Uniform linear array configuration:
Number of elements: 48
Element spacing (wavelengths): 0.75
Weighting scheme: blackman
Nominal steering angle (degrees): -30
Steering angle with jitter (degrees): -28.953
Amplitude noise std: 0.05
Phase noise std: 0.05

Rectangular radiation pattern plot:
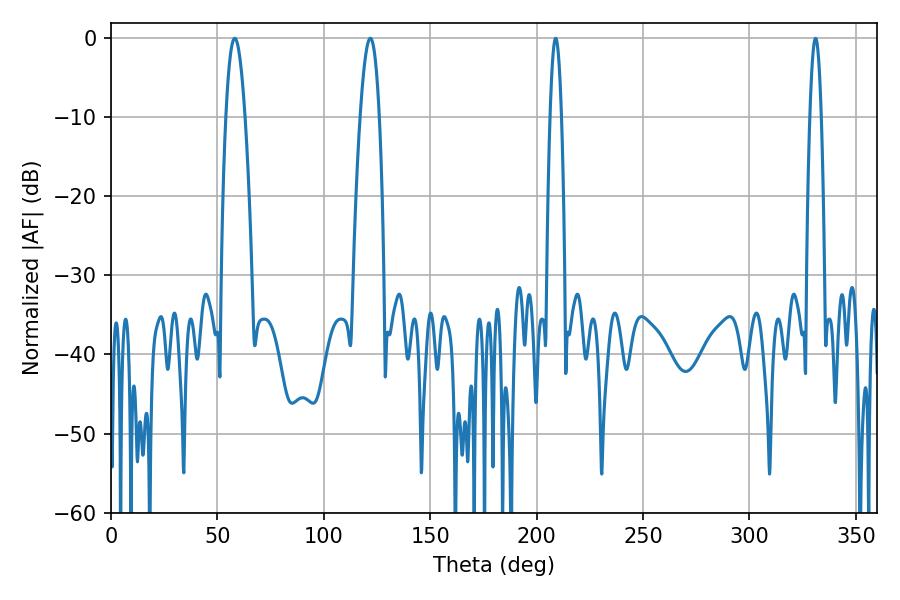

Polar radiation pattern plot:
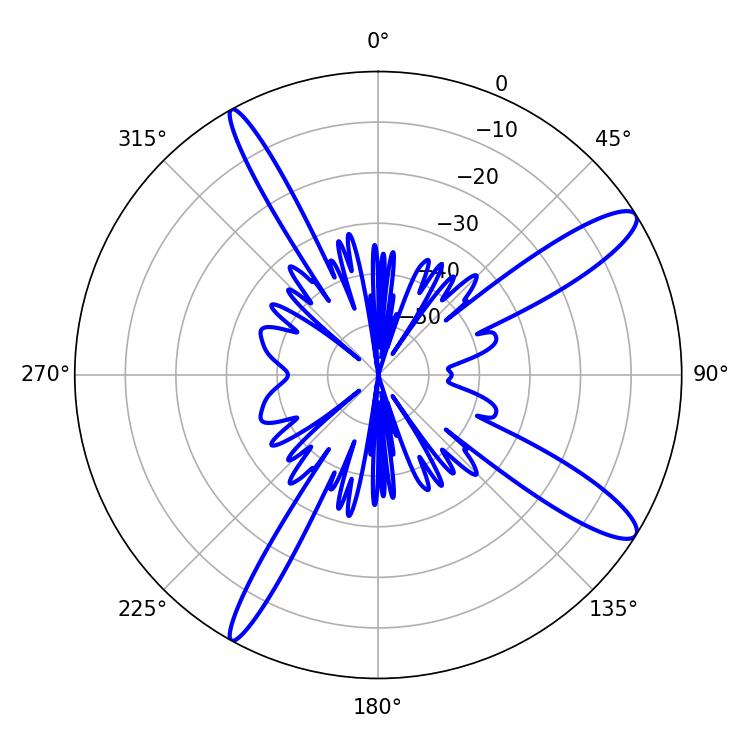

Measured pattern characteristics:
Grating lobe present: TRUE
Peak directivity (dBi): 12.819
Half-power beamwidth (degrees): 4.86
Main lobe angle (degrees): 58.14